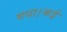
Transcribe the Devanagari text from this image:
गया।कई